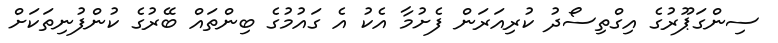
ސިންގަޕޫރުގެ އިގްތިސޯދު ކުރިއަރަން ފެށުމާ އެކު އެ ގައުމުގެ ބިންތައް ބޭރުގެ ކުންފުނިތަކަށް